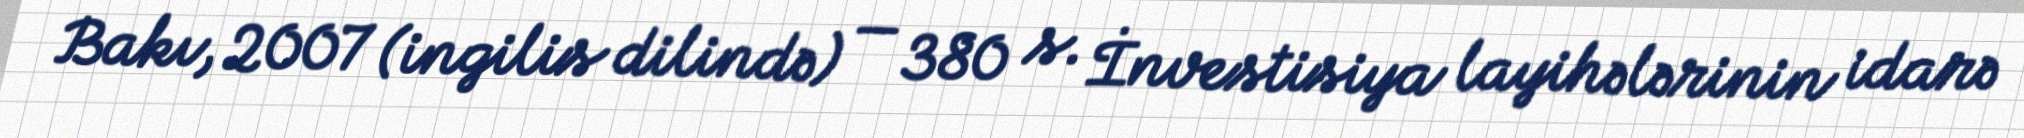
Bakı, 2007 (ingilis dilində) — 380 s. İnvestisiya layihələrinin idarə